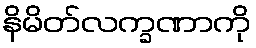
နိမိတ်လက္ခဏာကို